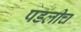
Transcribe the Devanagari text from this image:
पडलीच